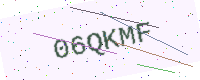
Text: 06QKMF